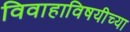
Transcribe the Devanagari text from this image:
विवाहाविषयीच्या